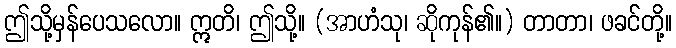
ဤသို့မှန်ပေသလော။ ဣတိ၊ ဤသို့။ (အာဟံသု၊ ဆိုကုန်၏။) တာတာ၊ ဖခင်တို့။